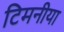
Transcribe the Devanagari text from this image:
टिमनीया